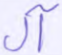
آل